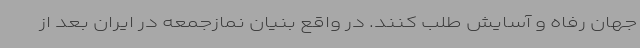
جهان رفاه و آسایش طلب کنند. در واقع بنیان نمازجمعه در ایران بعد از